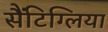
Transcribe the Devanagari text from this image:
सैंटिग्लिया